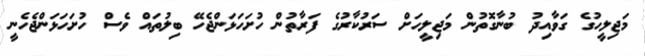
މަޖިލީހުގެ ގަވާއިދު ބުނާގޮތުން މަޖިލީހަށް ސަރުކާރުގެ ފަރާތުން ހުށަހަޅަންޖެހޭ ބިލުތައް ވެސް ހުށަހަޅަންޖެހެނީ